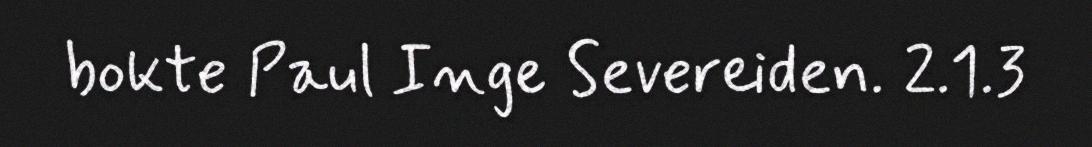
bokte Paul Inge Severeiden. 2.1.3